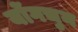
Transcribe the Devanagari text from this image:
योंगचुन